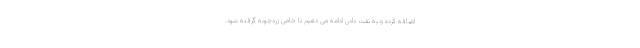
اضافه کرده و به تفت دادن ادامه می دهیم تا خامی زردچوبه گرفته شود.